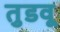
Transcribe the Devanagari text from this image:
तुडवू